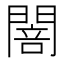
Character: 䦣